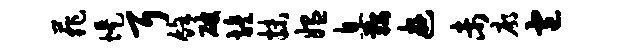
菲堤耳余破旌抹媪息鞍游未廓包